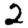
Digit: 2